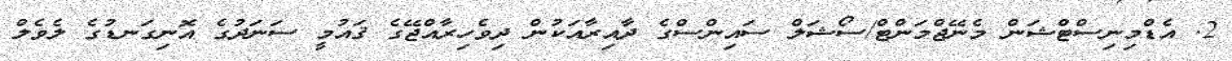
2. އެޑްމިނިސްޓްޝަން މެނޭޖްމަންޓް/ސޯޝަލް ސައިންސްގެ ދާއިރާއަކުން ދިވެހިރާއްޖޭގެ ޤައުމީ ސަނަދުގެ އޮނިގަނޑުގެ ލެވެލް